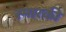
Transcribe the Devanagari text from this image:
स्मारकी